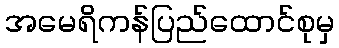
အမေရိကန်ပြည်ထောင်စုမှ